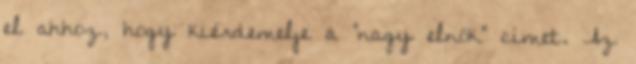
el ahhoz, hogy kiérdemelje a "nagy elnök" címet. Az